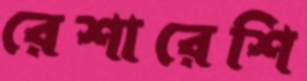
রেশারেশি